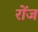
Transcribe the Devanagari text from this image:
रोंज